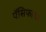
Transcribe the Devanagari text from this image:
पॅसिफायर